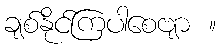
ချစ်နိုင်ကြပါစေဗျာ ။